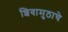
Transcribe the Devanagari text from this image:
शिवामुठाचे